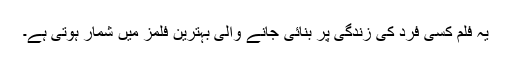
یہ فلم کسی فرد کی زندگی پر بنائی جانے والی بہترین فلمز میں شمار ہوتی ہے۔